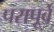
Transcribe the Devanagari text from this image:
परापूर्वे